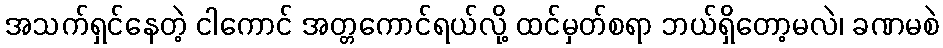
အသက်ရှင်နေတဲ့ ငါကောင် အတ္တကောင်ရယ်လို့ ထင်မှတ်စရာ ဘယ်ရှိတော့မလဲ၊ ခဏမစဲ